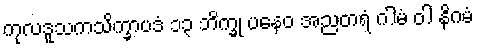
ကုလဒူသကသိက္ခာပဒံ ၁၃ ဘိက္ခု ပနေဝ အညတရံ ဂါမံ ဝါ နိဂမံ